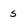
Character: s